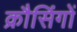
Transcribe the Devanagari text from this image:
क्रौसिंगों